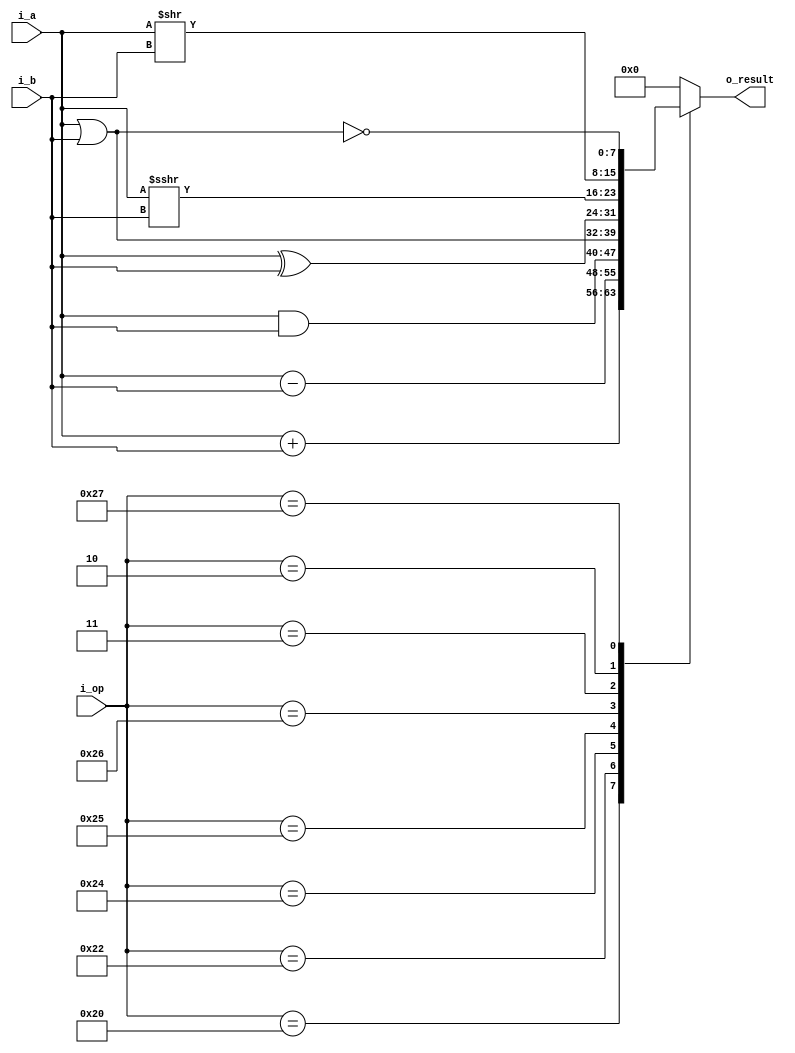
`timescale 1ns / 1ps
//////////////////////////////////////////////////////////////////////////////////
// Company: FCEFyN
// Engineers: Benitez - Viccini
// 
// Design Name: 
// Module Name: alu
// Project Name: 
// Target Devices: 
// Tool Versions: 
// Description: 
// 
// Dependencies: 
// 
// Revision:
// Revision 0.01 - File Created
// Additional Comments:
// 
//////////////////////////////////////////////////////////////////////////////////


module alu
#
(
    parameter DATA_SIZE = 8
)
(
    input wire [DATA_SIZE - 1: 0] i_a, i_b,
    input wire [5 : 0] i_op,

    output wire [DATA_SIZE - 1: 0] o_result
);

    //  op code
    localparam      ADD     =   6'b100000;
    localparam      SUB     =   6'b100010;
    localparam      AND     =   6'b100100;
    localparam      OR      =   6'b100101;
    localparam      XOR     =   6'b100110;
    localparam      SRA     =   6'b000011;
    localparam      SRL     =   6'b000010;
    localparam      NOR     =   6'b100111;

    //  working registers
    reg [DATA_SIZE - 1: 0] result;

    // combinational logic
    always @(*) begin
        case(i_op)
        ADD: result = i_a + i_b;
        SUB: result = i_a - i_b;
        AND: result = i_a & i_b;
        OR:  result = i_a | i_b;
        XOR: result = i_a ^ i_b;
        SRA: result = $signed(i_a) >>> i_b;
        SRL: result = i_a >> i_b;
        NOR: result = ~(i_a | i_b);
        default: result = 0;
        endcase
    end
    // set outputs
    assign o_result = result;

endmodule